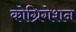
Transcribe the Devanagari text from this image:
कोग्रिगेशन